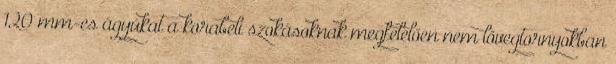
120 mm-es ágyúkat a korabeli szokásoknak megfelelően nem lövegtornyokban